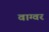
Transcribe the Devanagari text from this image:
वाग्वर